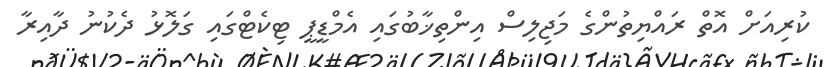
ކުރިއަށް އޮތް ރައްޔިތުންގެ މަޖިލިސް އިންތިޚާބުގައި އެމްޑީޕީ ޓިކެޓްގައި ގަލޮޅު ދެކުނު ދާއިރާ